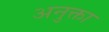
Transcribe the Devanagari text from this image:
अनुक्ता